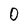
Character: 0